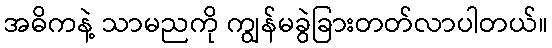
အဓိကနဲ့ သာမညကို ကျွန်မခွဲခြားတတ်လာပါတယ်။